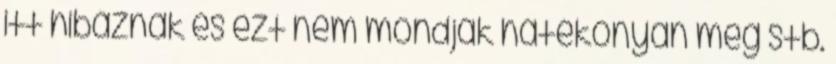
itt hibáznak és ezt nem mondják hatékonyan meg stb.